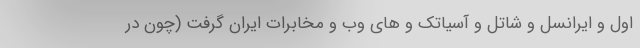
اول و ایرانسل و شاتل و آسیاتک و های وب و مخابرات ایران گرفت (چون در